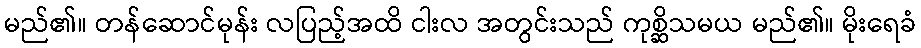
မည်၏။ တန်ဆောင်မုန်း လပြည့်အထိ ငါးလ အတွင်းသည် ကုစ္ဆိသမယ မည်၏။ မိုးရေခံ